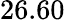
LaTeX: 26.60